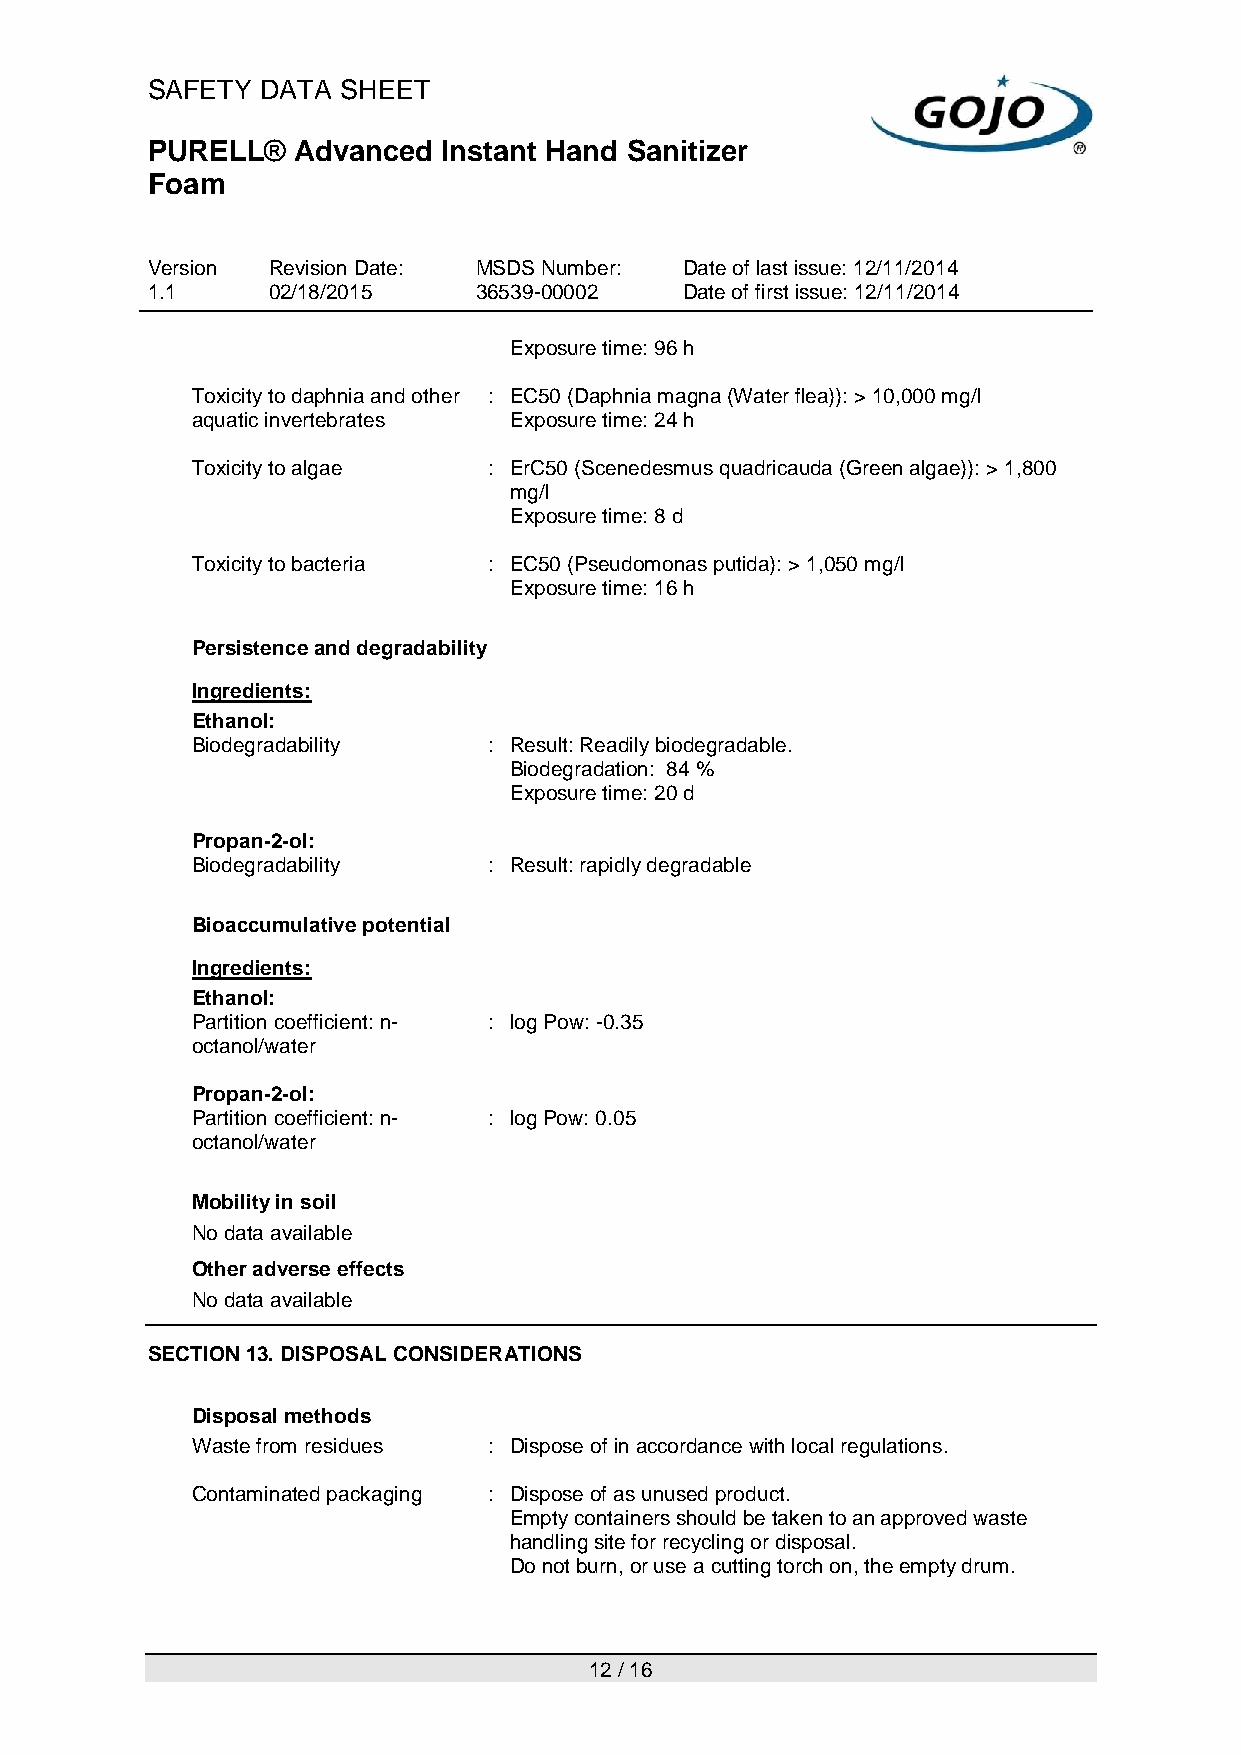
SAFETY DATA  SHEET
 PURELL®  Advanced  Instant Hand Sanitizer
 Foam
 Version Revision Date: MSDS Number: Date of last issue: 12/11/2014
 1.1     02/18/2015   36539-00002   Date of first issue: 12/11/2014
 Exposure time: 96 h
 Toxicity to daphnia and other : EC50 (Daphnia magna (Water flea)): > 10,000 mg/l
 aquatic invertebrates Exposure time: 24 h
 Toxicity to algae  : ErC50 (Scenedesmus quadricauda (Green algae)): > 1,800
 mg/l
 Exposure time: 8 d
 Toxicity to bacteria : EC50 (Pseudomonas putida): > 1,050 mg/l
 Exposure time: 16 h
 Persistence and degradability
 Ingredients:
 Ethanol:
 Biodegradability   : Result: Readily biodegradable.
 Biodegradation: 84 %
 Exposure time: 20 d
 Propan-2-ol:
 Biodegradability   : Result: rapidly degradable
 Bioaccumulative potential
 Ingredients:
 Ethanol:
 Partition coefficient: n- : log Pow: -0.35
 octanol/water
 Propan-2-ol:
 Partition coefficient: n- : log Pow: 0.05
 octanol/water
 Mobility in soil
 No data available
 Other adverse effects
 No data available
 SECTION 13. DISPOSAL CONSIDERATIONS
 Disposal methods
 Waste from residues : Dispose of in accordance with local regulations.
 Contaminated packaging : Dispose of as unused product.
 Empty containers should be taken to an approved waste
 handling site for recycling or disposal.
 Do not burn, or use a cutting torch on, the empty drum.
 12 / 16